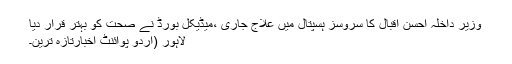
وزیر داخلہ احسن اقبال کا سروسز ہسپتال میں علاج جاری ،میڈیکل بورڈ نے صحت کو بہتر قرار دیا
لاہور (اُردو پوائنٹ اخبارتازہ ترین۔